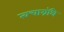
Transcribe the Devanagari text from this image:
त्वचाग्रंथि